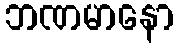
ဘဏမာနော